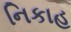
નિકાહ